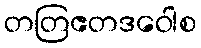
တတြဧတဒဝေါစ